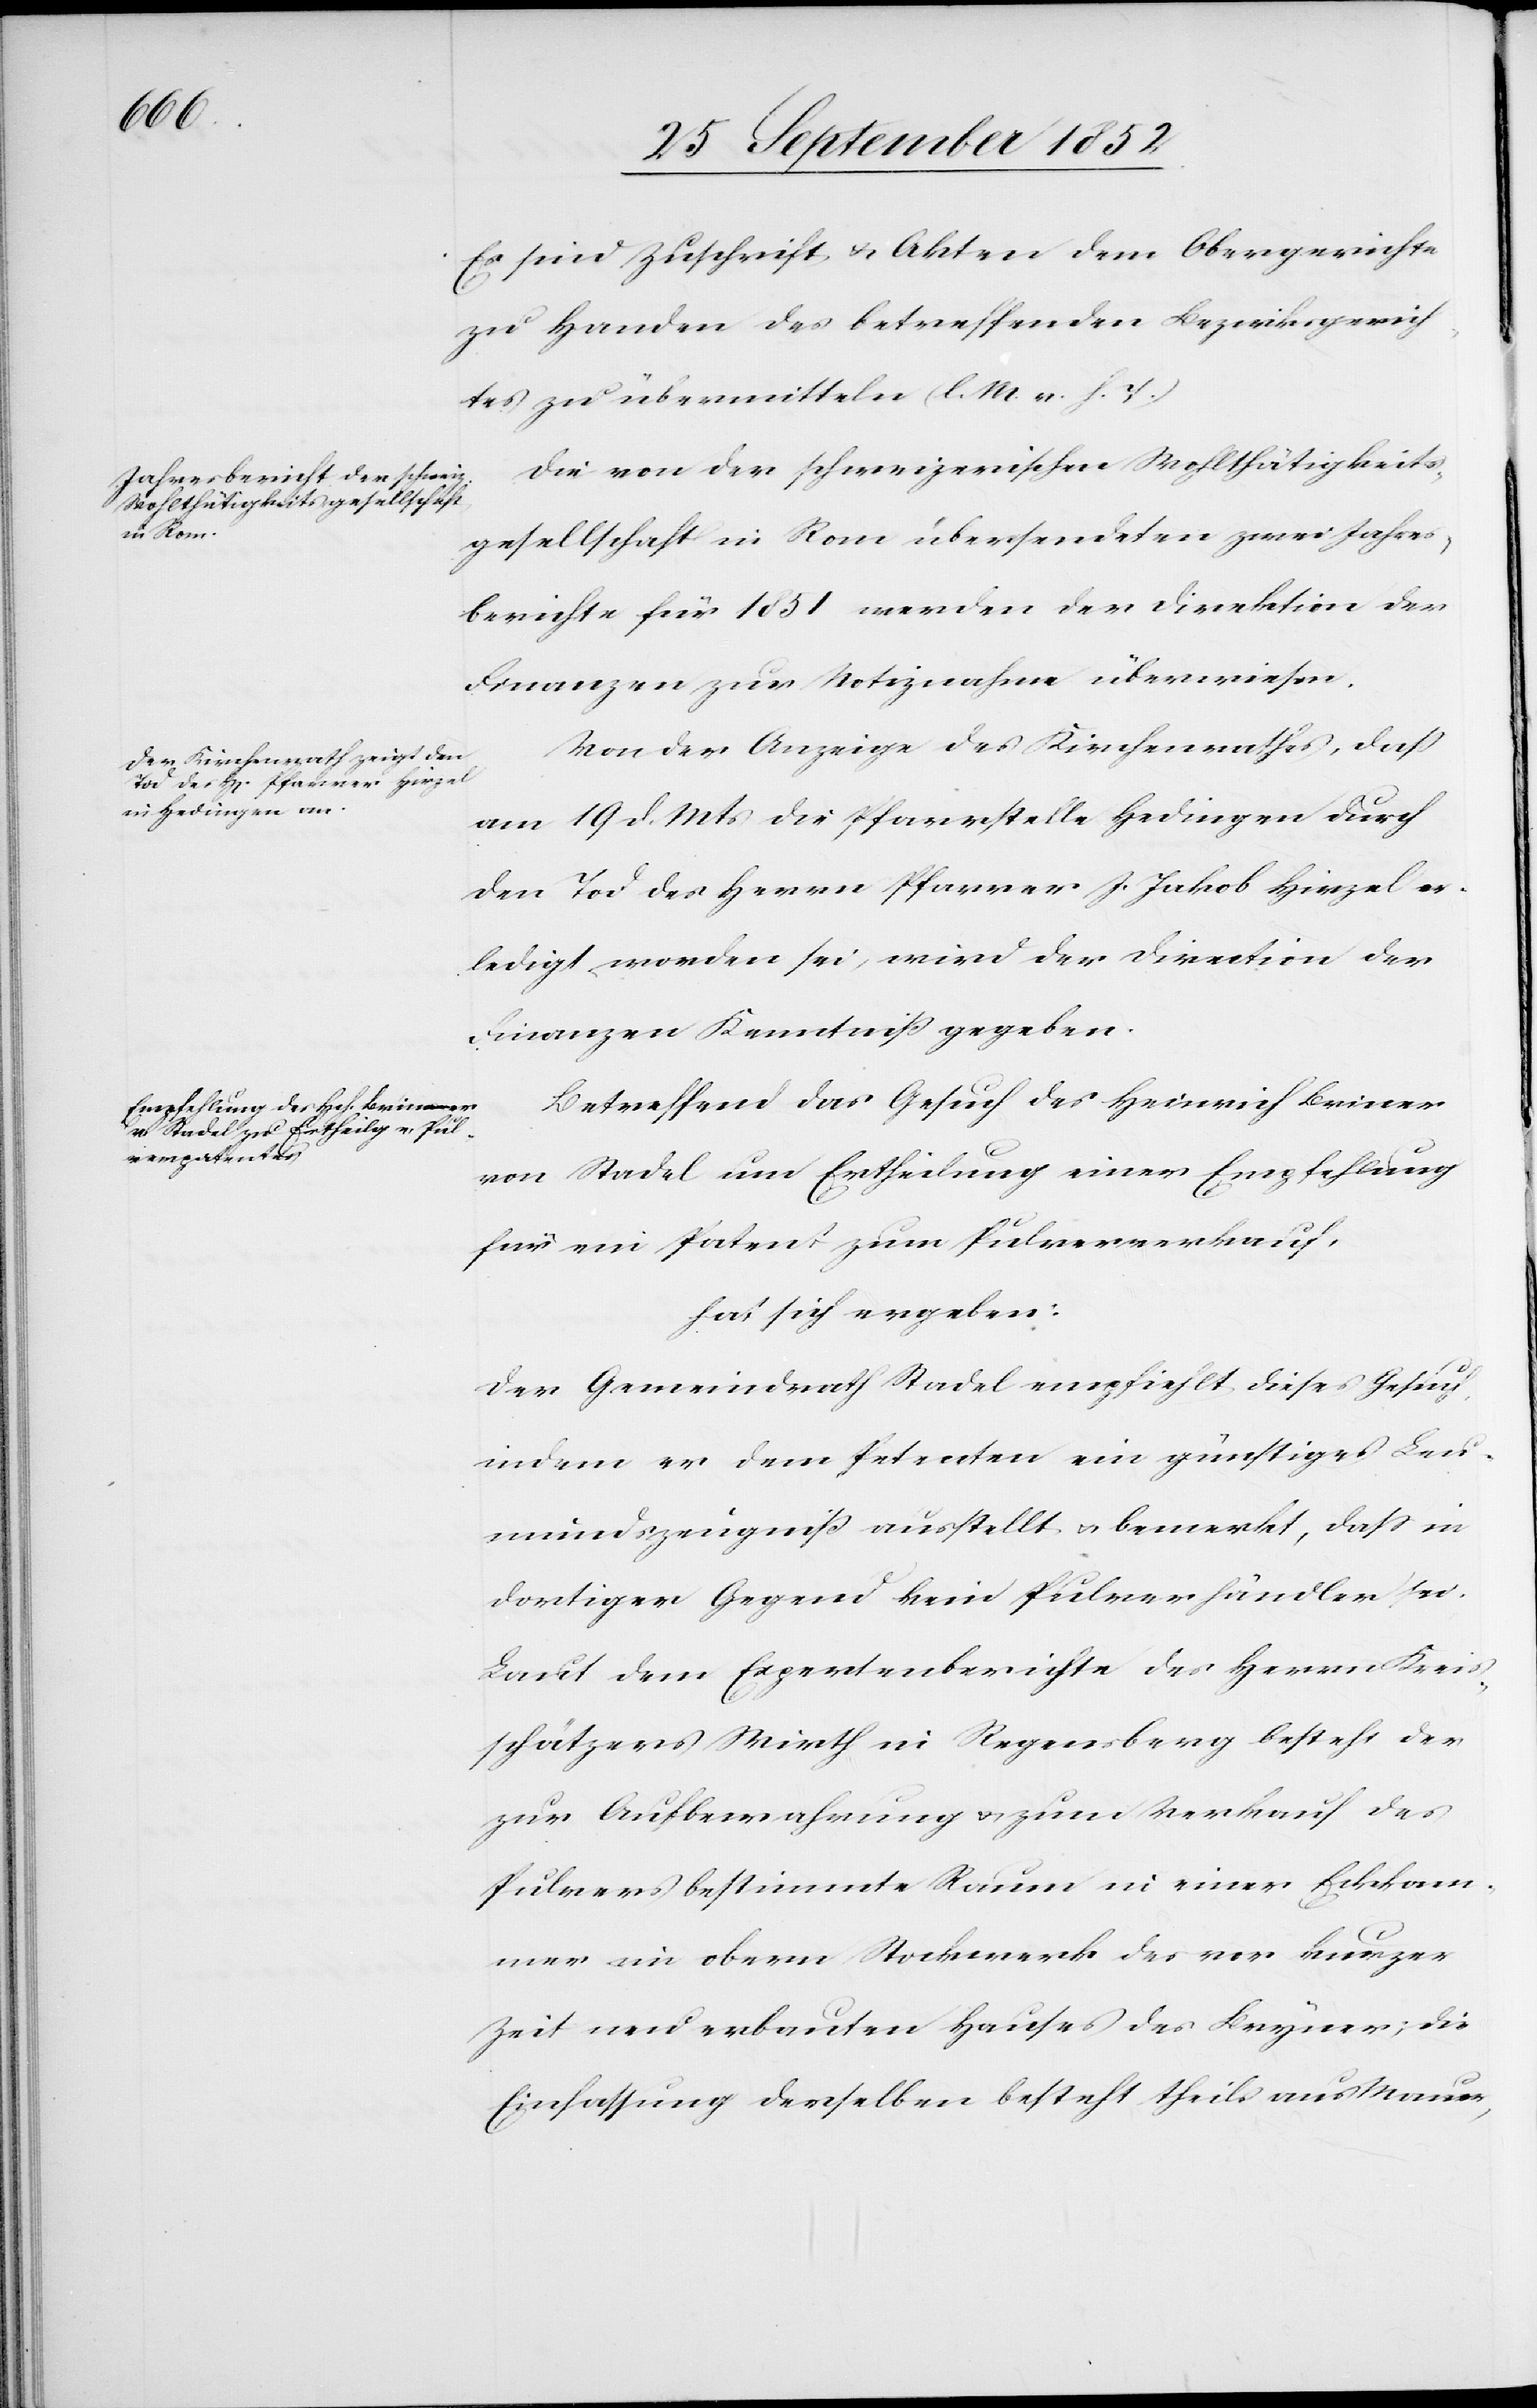
Es sind Zuschrift & Akten dem Obergerichte
zu Handen des betreffenden Bezirksgerich¬
tes zu übermitteln (l. M. v. h. T.)
Die von der schweizerischen Wohlthätigkeits¬
gesellschaft in Rom übersendeten zwei Jahres¬
berichte für 1851 werden der Direktion der
Finanzen zur Notiznahme überwiesen.
Von der Anzeige des Kirchenrathes, daß
am 19 d. Mts die Pfarrstelle Hedingen durch
den Tod des Herrn Pfarrer J. Jakob Hirzel er¬
ledigt worden sei, wird der Direction der
Finanzen Kenntniß gegeben.
Betreffend das Gesuch des Heinrich Briner
von Stadel um Ertheilung einer Empfehlung
für ein Patent zum Pulververkauf,
hat sich ergeben:
Der Gemeindrath Stadel empfiehlt dieses Gesuch,
indem er dem Petenten ein günstiges Leu¬
mundszeugniß ausstellt & bemerkt, dass in
dortiger Gegend kein Pulverhändler sei.
Laut dem Expertenberichte des Herrn Kreis¬
schätzers Wirth in Regensberg besteht der
zur Aufbewahrung & zum Verkauf des
Pulvers bestimmte Raum in einer Eckkam¬
mer im obern Stockwerk des vor kurzer
Zeit neu erbauten Hauses des Bryner
Einfassung derselben besteht theils aus Mauer,